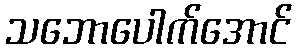
သဘောပေါက်အောင်